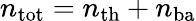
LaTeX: n_{\mathrm{tot}}=n_{\mathrm{th}}+n_{\mathrm{ba}}